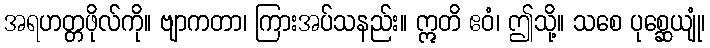
အရဟတ္တဖိုလ်ကို။ ဗျာကတာ၊ ကြားအပ်သနည်း။ ဣတိ ဧဝံ၊ ဤသို့။ သစေ ပုစ္ဆေယျုံ၊